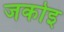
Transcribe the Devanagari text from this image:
जकोइ